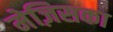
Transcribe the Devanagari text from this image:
मेज़िसका